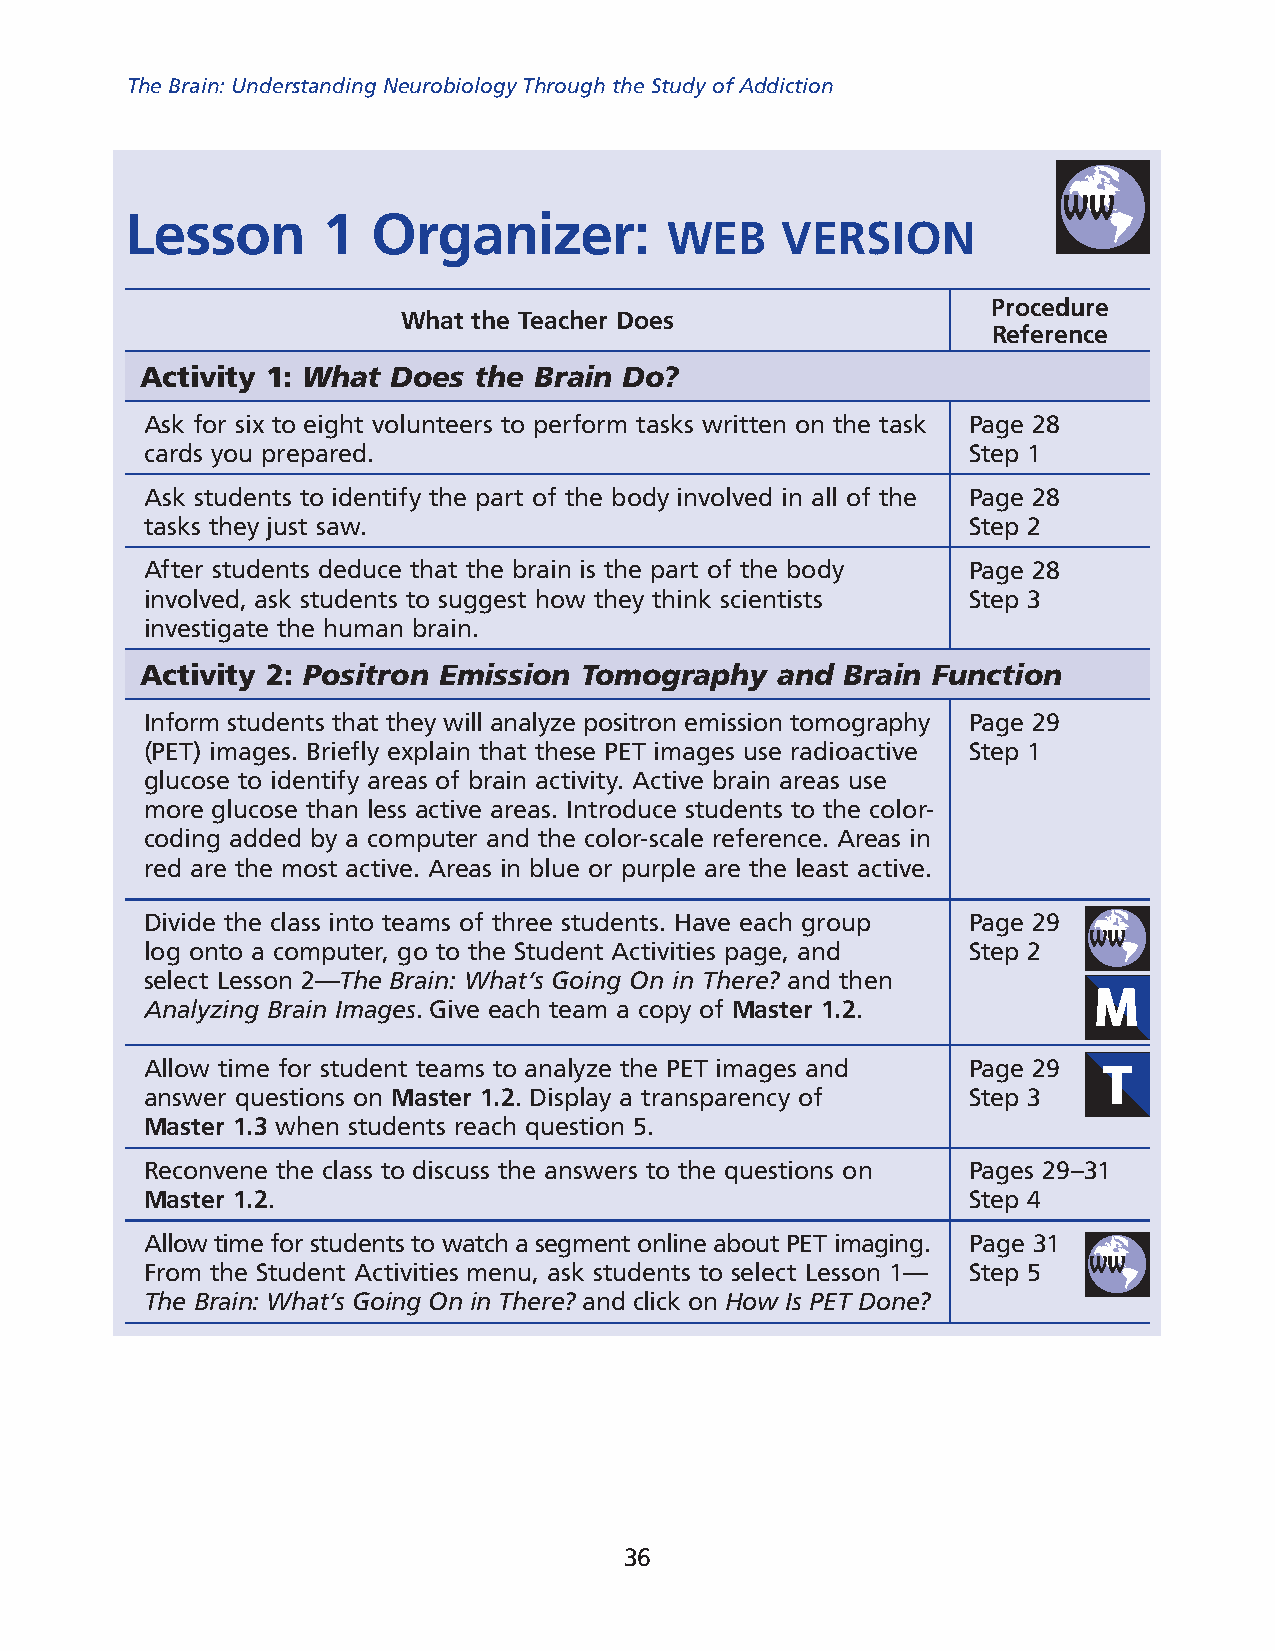
The Brain: Understanding Neurobiology Through the Study of Addiction
 Lesson       1   Organizer:
 WEB     VErSION
 Procedure
 What the Teacher Does
 reference
 Activity 1: What Does the Brain Do?
 Ask for six to eight volunteers to perform tasks written on the task Page 28
 cards you prepared.                                   Step 1
 Ask students to identify the part of the body involved in all of the Page 28
 tasks they just saw.                                  Step 2
 After students deduce that the brain is the part of the body Page 28
 involved, ask students to suggest how they think scientists Step 3
 investigate the human brain.
 Activity 2: Positron Emission Tomography  and  Brain Function
 Inform students that they will analyze positron emission tomography Page 29
 (PET) images. Briefly explain that these PET images use radioactive Step 1
 glucose to identify areas of brain activity. Active brain areas use
 more glucose than less active areas. Introduce students to the color-
 coding added by a computer and the color-scale reference. Areas in
 red are the most active. Areas in blue or purple are the least active.
 Divide the class into teams of three students. Have each group Page 29
 log onto a computer, go to the Student Activities page, and Step 2
 select Lesson 2—The Brain: What’s Going On in There? and then
 Analyzing Brain Images. Give each team a copy of Master 1.2.
 Allow time for student teams to analyze the PET images and Page 29
 answer questions on Master 1.2. Display a transparency of Step 3
 Master 1.3 when students reach question 5.
 Reconvene the class to discuss the answers to the questions on Pages 29–31
 Master 1.2.                                           Step 4
 Allow time for students to watch a segment online about PET imaging. Page 31
 From the Student Activities menu, ask students to select Lesson 1— Step 5
 The Brain: What’s Going On in There? and click on How Is PET Done?
 36